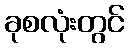
ခုစလုံးတွင်